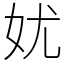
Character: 㚭